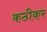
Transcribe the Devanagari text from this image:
कठीकर